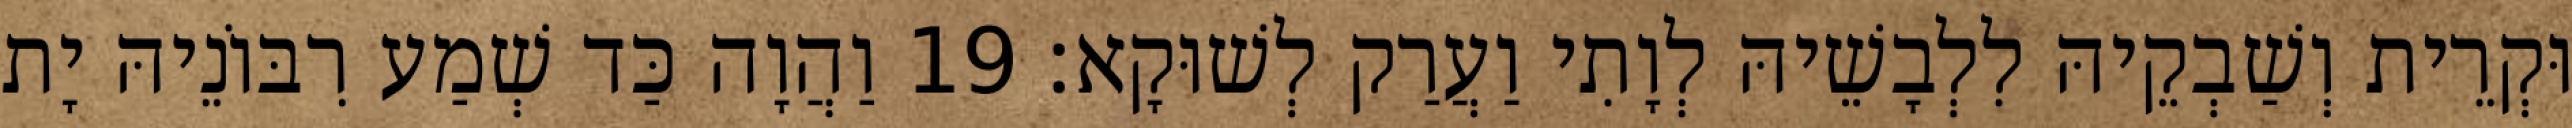
וּקְרֵית וְשַׁבְקֵיהּ לִלְבָשֵׁיהּ לְוָתִי וַעֲרַק לְשׁוּקָא׃ 19 וַהֲוָה כַּד שְׁמַע רִבּוֹנֵיהּ יָת